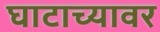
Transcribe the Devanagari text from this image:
घाटाच्यावर